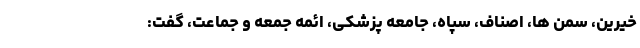
خیّرین، سمن ها، اصناف، سپاه، جامعه پزشکی، ائمه جمعه و جماعت، گفت: